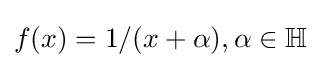
f(x)=1/(x+\alpha ),\alpha \in \mathbb {H}